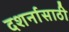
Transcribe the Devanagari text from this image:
दशर्नासाठी